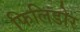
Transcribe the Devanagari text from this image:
फिलिडोर